Leningradi_Edasi_toimetus, lk 38
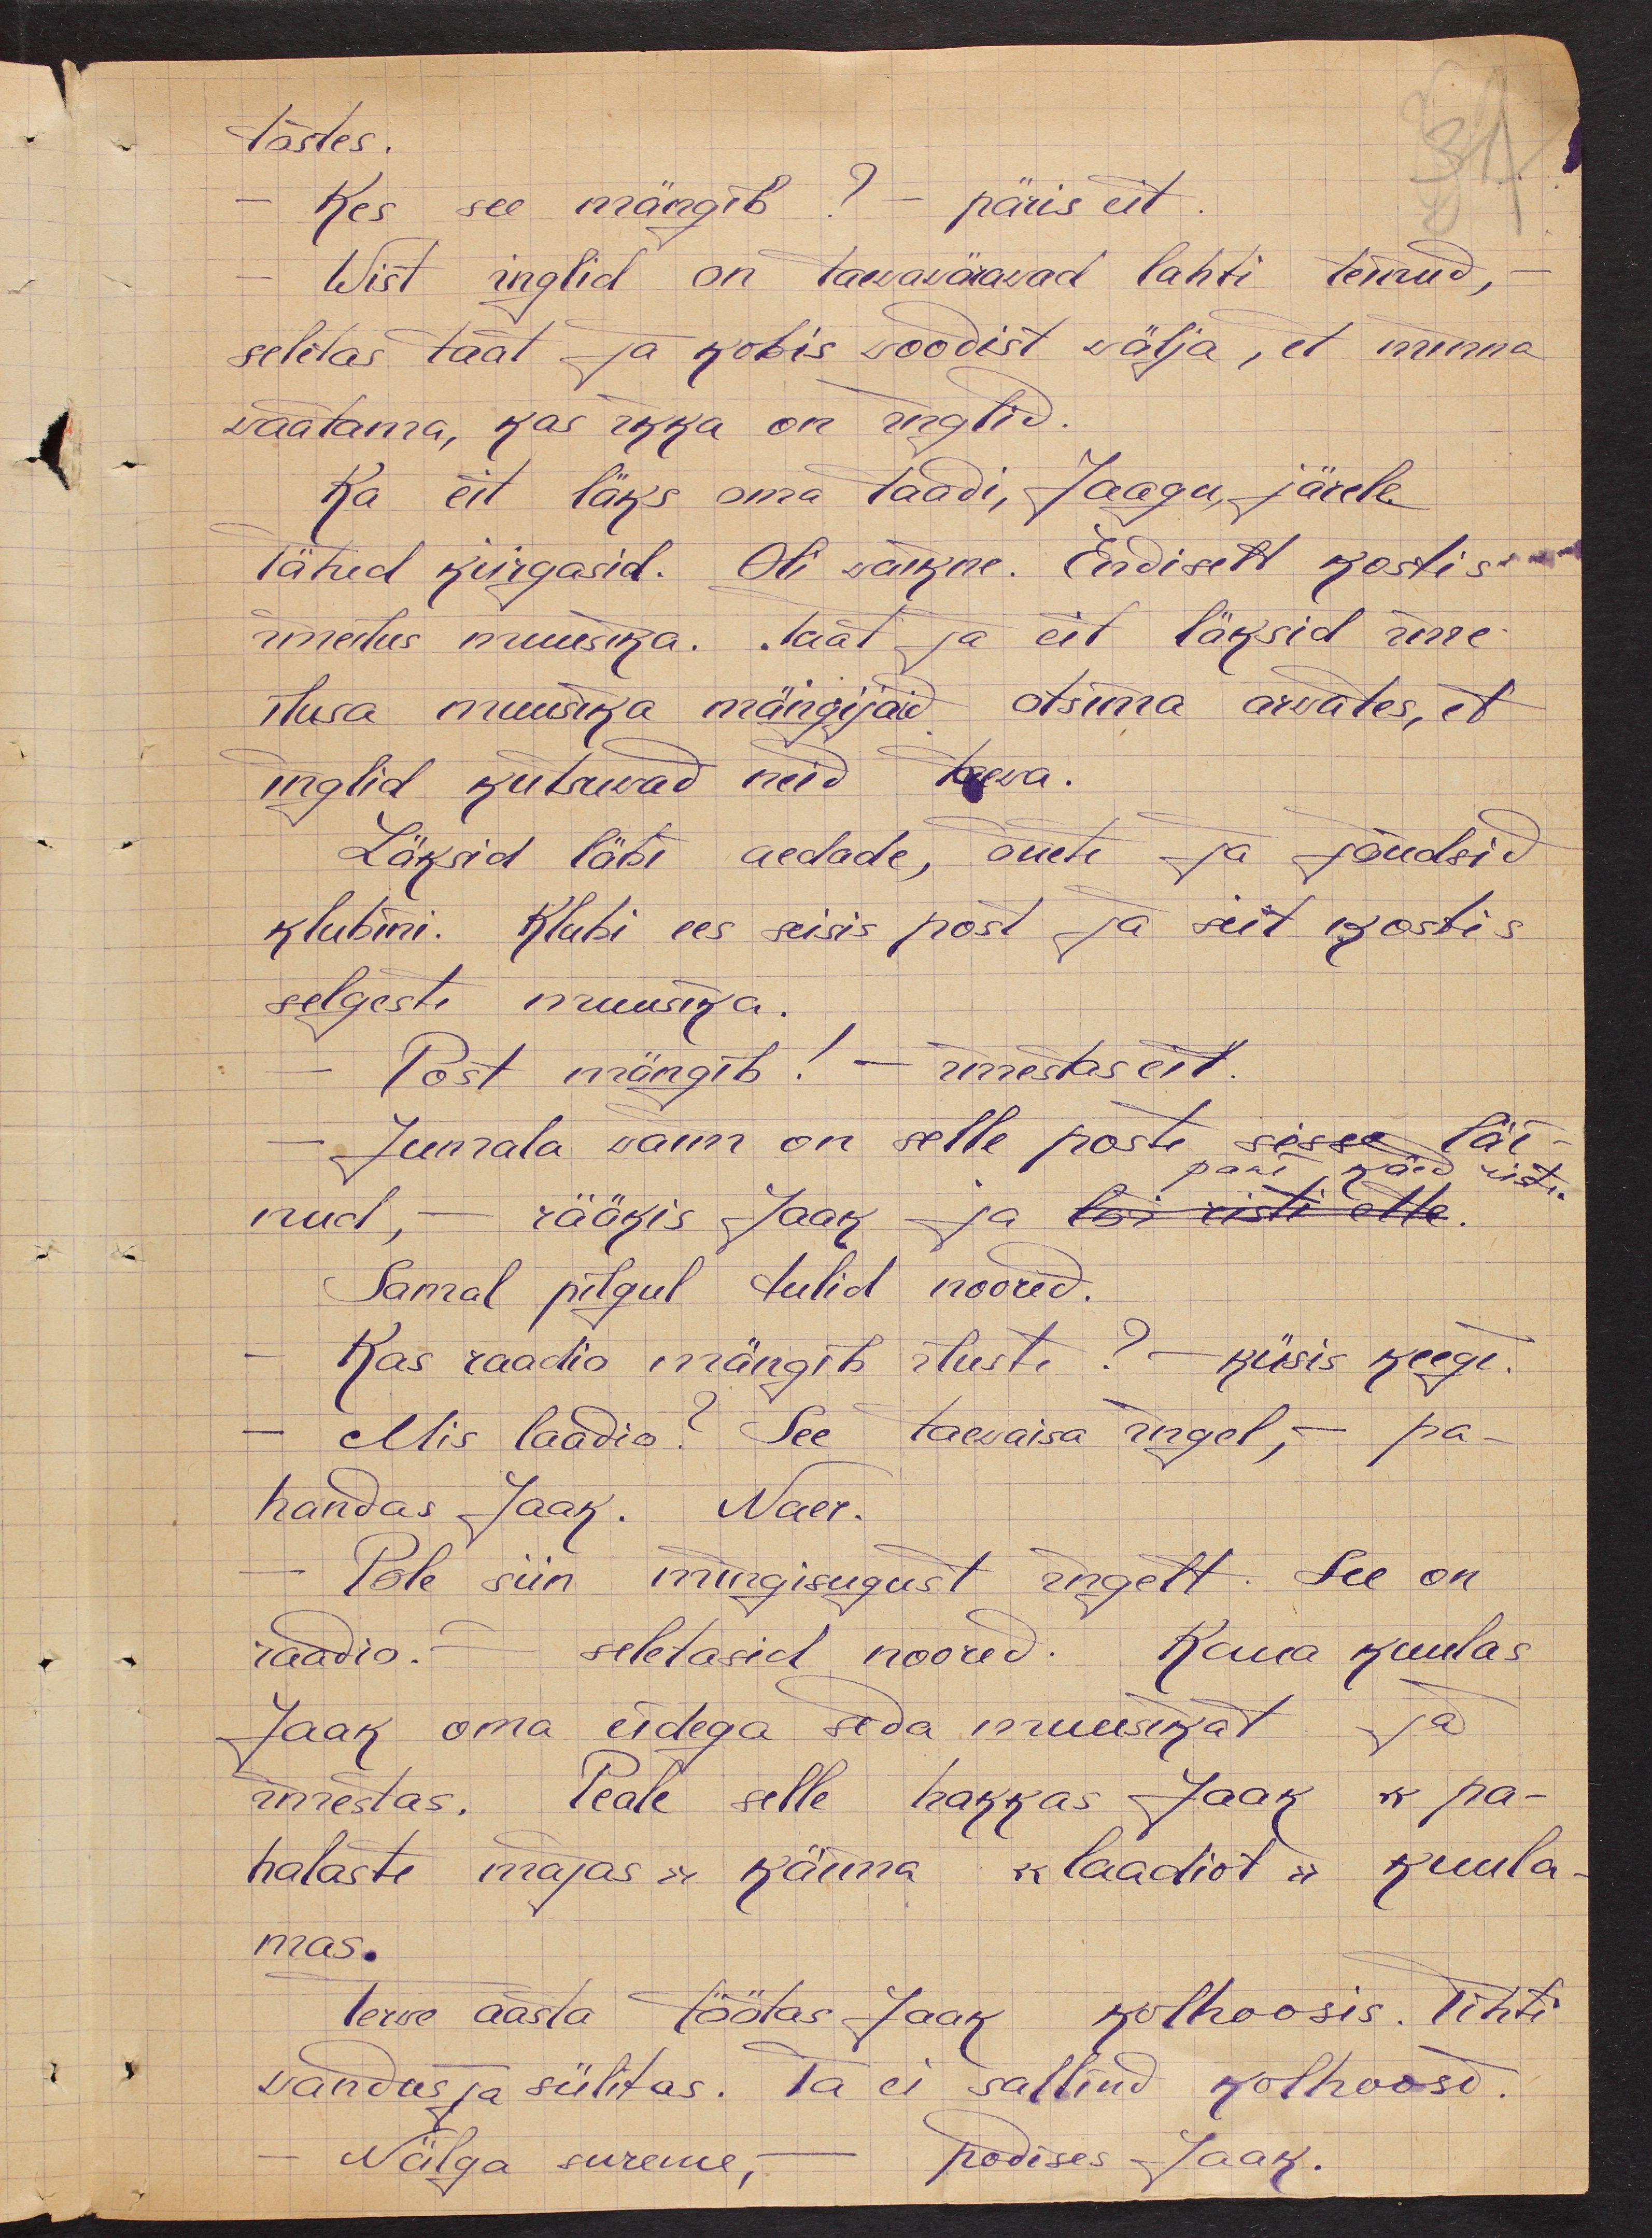
31
tõstes.
- Kes see mängib? - päris eit.
Wist inglid on taewawärawad lahti teinud, -
seletas taat ja kobis woodist välja, et minna
waatama, kas ikka on inglid.
Ka eit läks oma taadi, Jaagu järele
tähed kiirgasid. Oli waikne. Endiselt kostis-
imeilus muusika. Taat ja eit läksid õue
ilusa muusika mängijaid otsima arwates, et
inglid kutsuwad neid taeva.
Läksid läbi aedade, õuete ja jõudsid
klubini. Klubi ees seisis post ja siit kostis
selgesti muusika.
-Post mängib! - imestas eit.
-Jumala waim on selle posti sisse läi-
pani käed risti.
nud, - rääkis Jaak ja lõi risti ette
Samal pilgul tulid noored.
Kas raadio mängib iluste? - küsis keegi.
Mis laadis? See taevaisa ingel, - pa-
handas Jaak. Naer.
Pole siin mingisugust ingelt. See on
raadio.- seletasid noored. Kaua kuulas
Jaak oma eidega seda muusikat ja
imestas. Peale selle hakkas Jaak "pa-
halaste majas "käima "laadiot" kuula-
mas.
Terve aasta töötas Jaak kolhoosis. Tihti
wandus ja sülitas. Ta ei sallind kolhoosi.
-Nälga sureme, - podises Jaak.